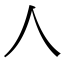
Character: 𠆢